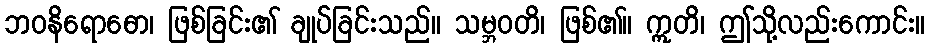
ဘဝနိရောဓော၊ ဖြစ်ခြင်း၏ ချုပ်ခြင်းသည်။ သမ္ဘဝတိ၊ ဖြစ်၏။ ဣတိ၊ ဤသို့လည်းကောင်း။